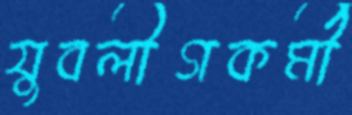
যুবলীগকর্মী